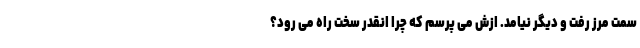
سمت مرز رفت و دیگر نیامد. ازش می پرسم که چرا انقدر سخت راه می رود؟